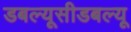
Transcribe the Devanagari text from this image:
डबल्यूसीडबल्यू